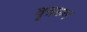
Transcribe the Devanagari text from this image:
वृत्रघ्न